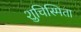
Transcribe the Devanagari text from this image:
शुचिस्मिता